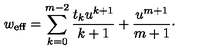
w _ { \mathrm { e f f } } = \sum _ { k = 0 } ^ { m - 2 } { \frac { t _ { k } u ^ { k + 1 } } { k + 1 } } + { \frac { u ^ { m + 1 } } { m + 1 } } \cdotp